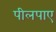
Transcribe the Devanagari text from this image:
पीलपाए